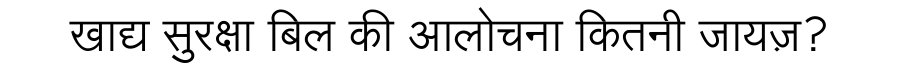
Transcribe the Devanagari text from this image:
खाद्य सुरक्षा बिल की आलोचना कितनी जायज़?